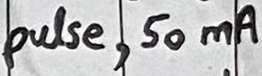
Text: pulse, 50mA